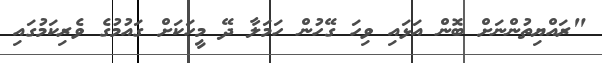
"ރައްޔިތުންނަށް ބޮން އަޅައި ވިހަ ގޭހުން ހަމަލާ ދޭ މީހަކަށް ގައުމުގެ ވެރިކަމުގައި